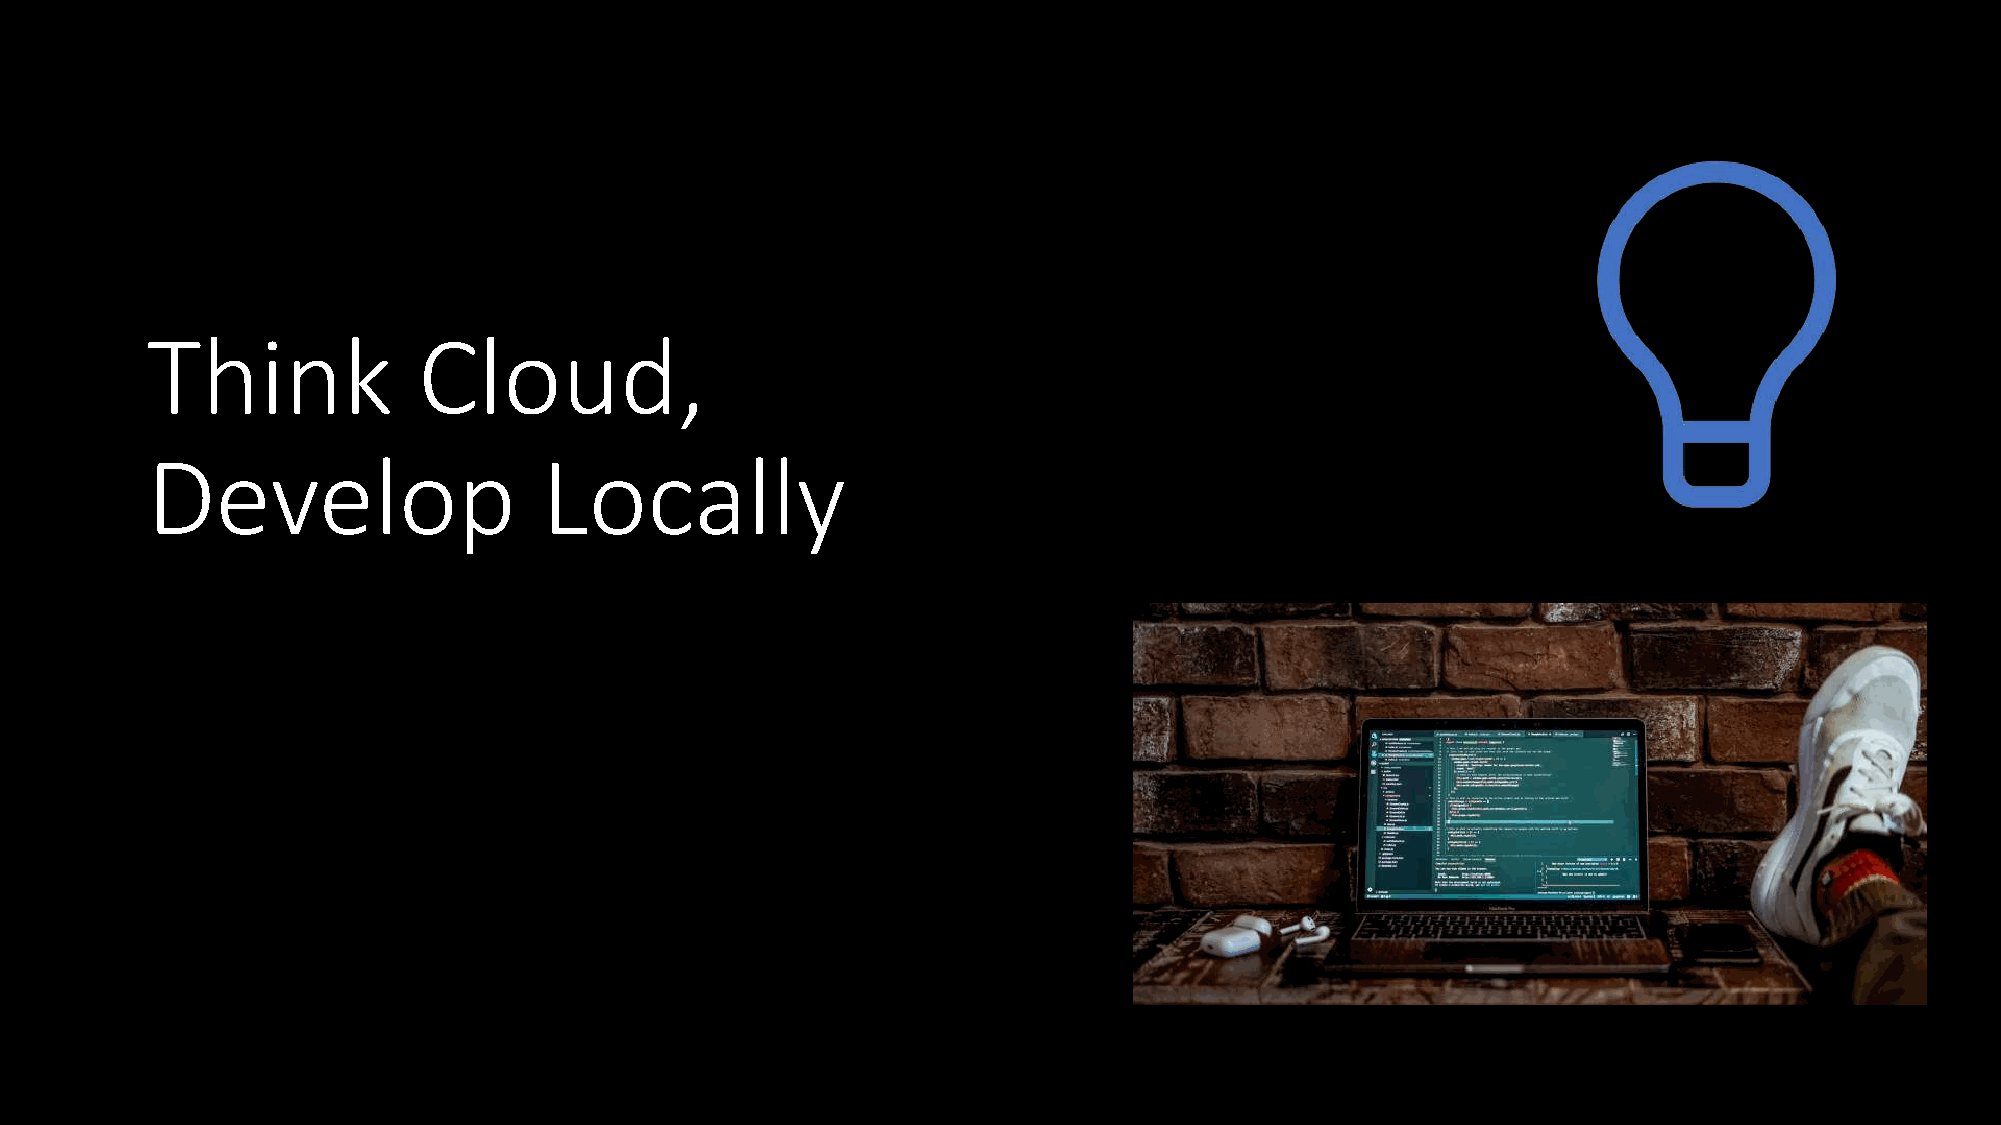
Think             Cloud,
 Develop                   Locally